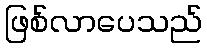
ဖြစ်လာပေသည်